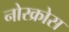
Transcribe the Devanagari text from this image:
नोरक्रोस